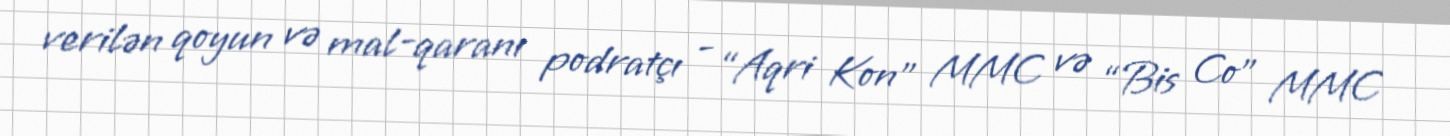
verilən qoyun və mal-qaranı podratçı - “Aqri Kon” MMC və “Bis Co” MMC